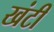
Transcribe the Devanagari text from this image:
खंटी